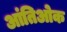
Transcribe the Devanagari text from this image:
आंतिओक